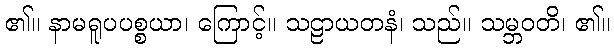
၏။ နာမရူပပစ္စယာ၊ ကြောင့်။ သဠာယတနံ၊ သည်။ သမ္ဘဝတိ၊ ၏။